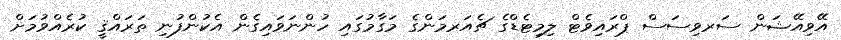
އޭވިއޭޝަން ސަރވިސަސް ޕްރައިވެޓް ލިމިޓެޑްގެ ޗެއަރމަންގެ މަގާމުގައި ހުންނަވައިގެން އެކުންފުނި ތަރައްޤީ ކުރެއްވުމަށް